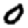
Digit: 0